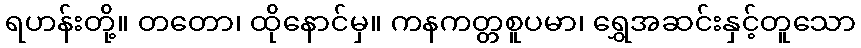
ရဟန်းတို့။ တတော၊ ထိုနောင်မှ။ ကနကတ္တစူပမာ၊ ရွှေအဆင်းနှင့်တူသော